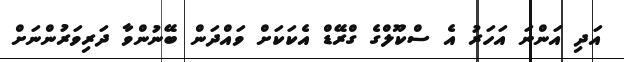
އަދި އަންނަ އަހަރު އެ ސްކޫލްގެ ގްރޭޑް އެކަކަށް ވައްދަން ބޭނުންވާ ދަރިވަރުންނަށް